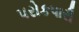
પરોકપારી